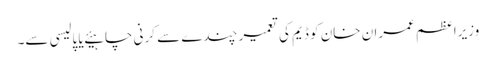
وزیراعظم عمران خان کو ڈیم کی تعمیر چندے سے کرنی چاہیئے یا پالیسی سے۔